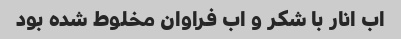
اب انار با شکر و اب فراوان مخلوط شده بود